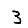
Digit: 3